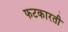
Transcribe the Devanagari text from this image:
फटकारती